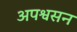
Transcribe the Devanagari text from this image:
अपश्वसन